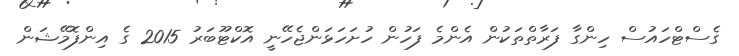
ގެސްޓްހައުސް ހިންގާ ފަރާތްތަކުން އެންމެ ފަހުން ހުށަހަޅަންޖެހޭނީ އޮކްޓޫބަރު 2015 ގެ އިންފޮމޭޝަން